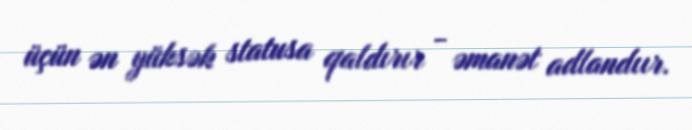
üçün ən yüksək statusa qaldırır - əmanət adlandıır.